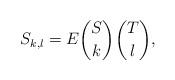
LaTeX: \begin{align*}S_{k,l}={E{{S}\choose k}{{T}\choose l}},\end{align*}